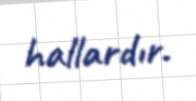
hallardır.